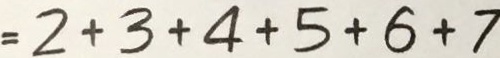
= 2 + 3 + 4 + 5 + 6 + 7